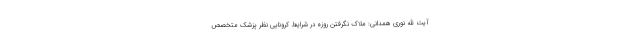
آیت الله نوری همدانی: ملاک نگرفتن روزه در شرایط کرونایی نظر پزشک متخصص